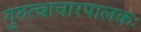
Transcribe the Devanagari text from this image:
गुरुत्वाचारपालकः